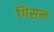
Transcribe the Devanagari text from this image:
गिसन